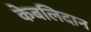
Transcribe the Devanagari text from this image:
केबलिदान